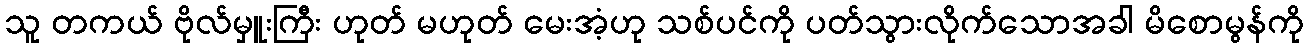
သူ တကယ် ဗိုလ်မှူးကြီး ဟုတ် မဟုတ် မေးအံ့ဟု သစ်ပင်ကို ပတ်သွားလိုက်သောအခါ မိစောမွန်ကို